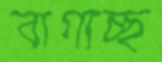
বাগাচ্ছ